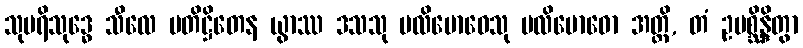
သုပရိသုဒ္ဓေ သီလေ ပတိဋ္ဌိတေန ယွာဿ ဒသသု ပလိဗောဓေသု ပလိဗောဓော အတ္ထိ, တံ ဥပစ္ဆိန္ဒိတွာ